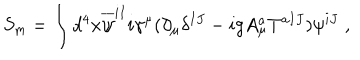
LaTeX: S _ { \mathrm { m } } = \int d ^ { 4 } x \overline { { { \psi } } } ^ { i I } i \gamma ^ { \mu } ( \partial _ { \mu } \delta ^ { I J } - i g A _ { \mu } ^ { a } T ^ { a I J } ) \psi ^ { i J } \; ,